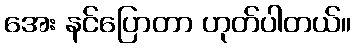
အေး နင်ပြောတာ ဟုတ်ပါတယ်။